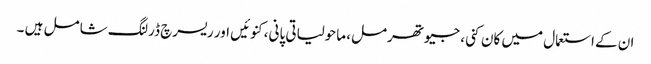
ان کے استعمال میں کان کنی، جیوتھرمل، ماحولیاتی پانی، کنوئیں اور ریسرچ ڈرلنگ شامل ہیں ۔